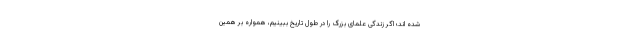
شده اند؛ اگر زندگی علمای بزرگ را در طول تاریخ ببینیم، همواره بر همین